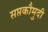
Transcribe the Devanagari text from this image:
सप्तकौमुदी